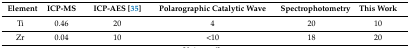
<table><thead><tr><td><b>Element</b></td><td><b>ICP-MS</b></td><td><b>ICP-AES [35]</b></td><td><b>Polarographic Catalytic Wave</b></td><td><b>Spectrophotometry</b></td><td><b>This Work</b></td></tr></thead><tbody><tr><td>Ti</td><td>0.46</td><td>20</td><td>4</td><td>20</td><td>10</td></tr><tr><td>Zr</td><td>0.04</td><td>10</td><td>&lt;10</td><td>18</td><td>20</td></tr></tbody></table>